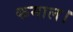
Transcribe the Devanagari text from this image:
कमाल।